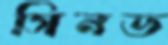
সিনড